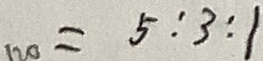
1 2 0 = 5 : 3 : 1